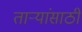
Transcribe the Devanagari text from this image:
ताऱ्यांसाठी